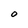
Character: 0